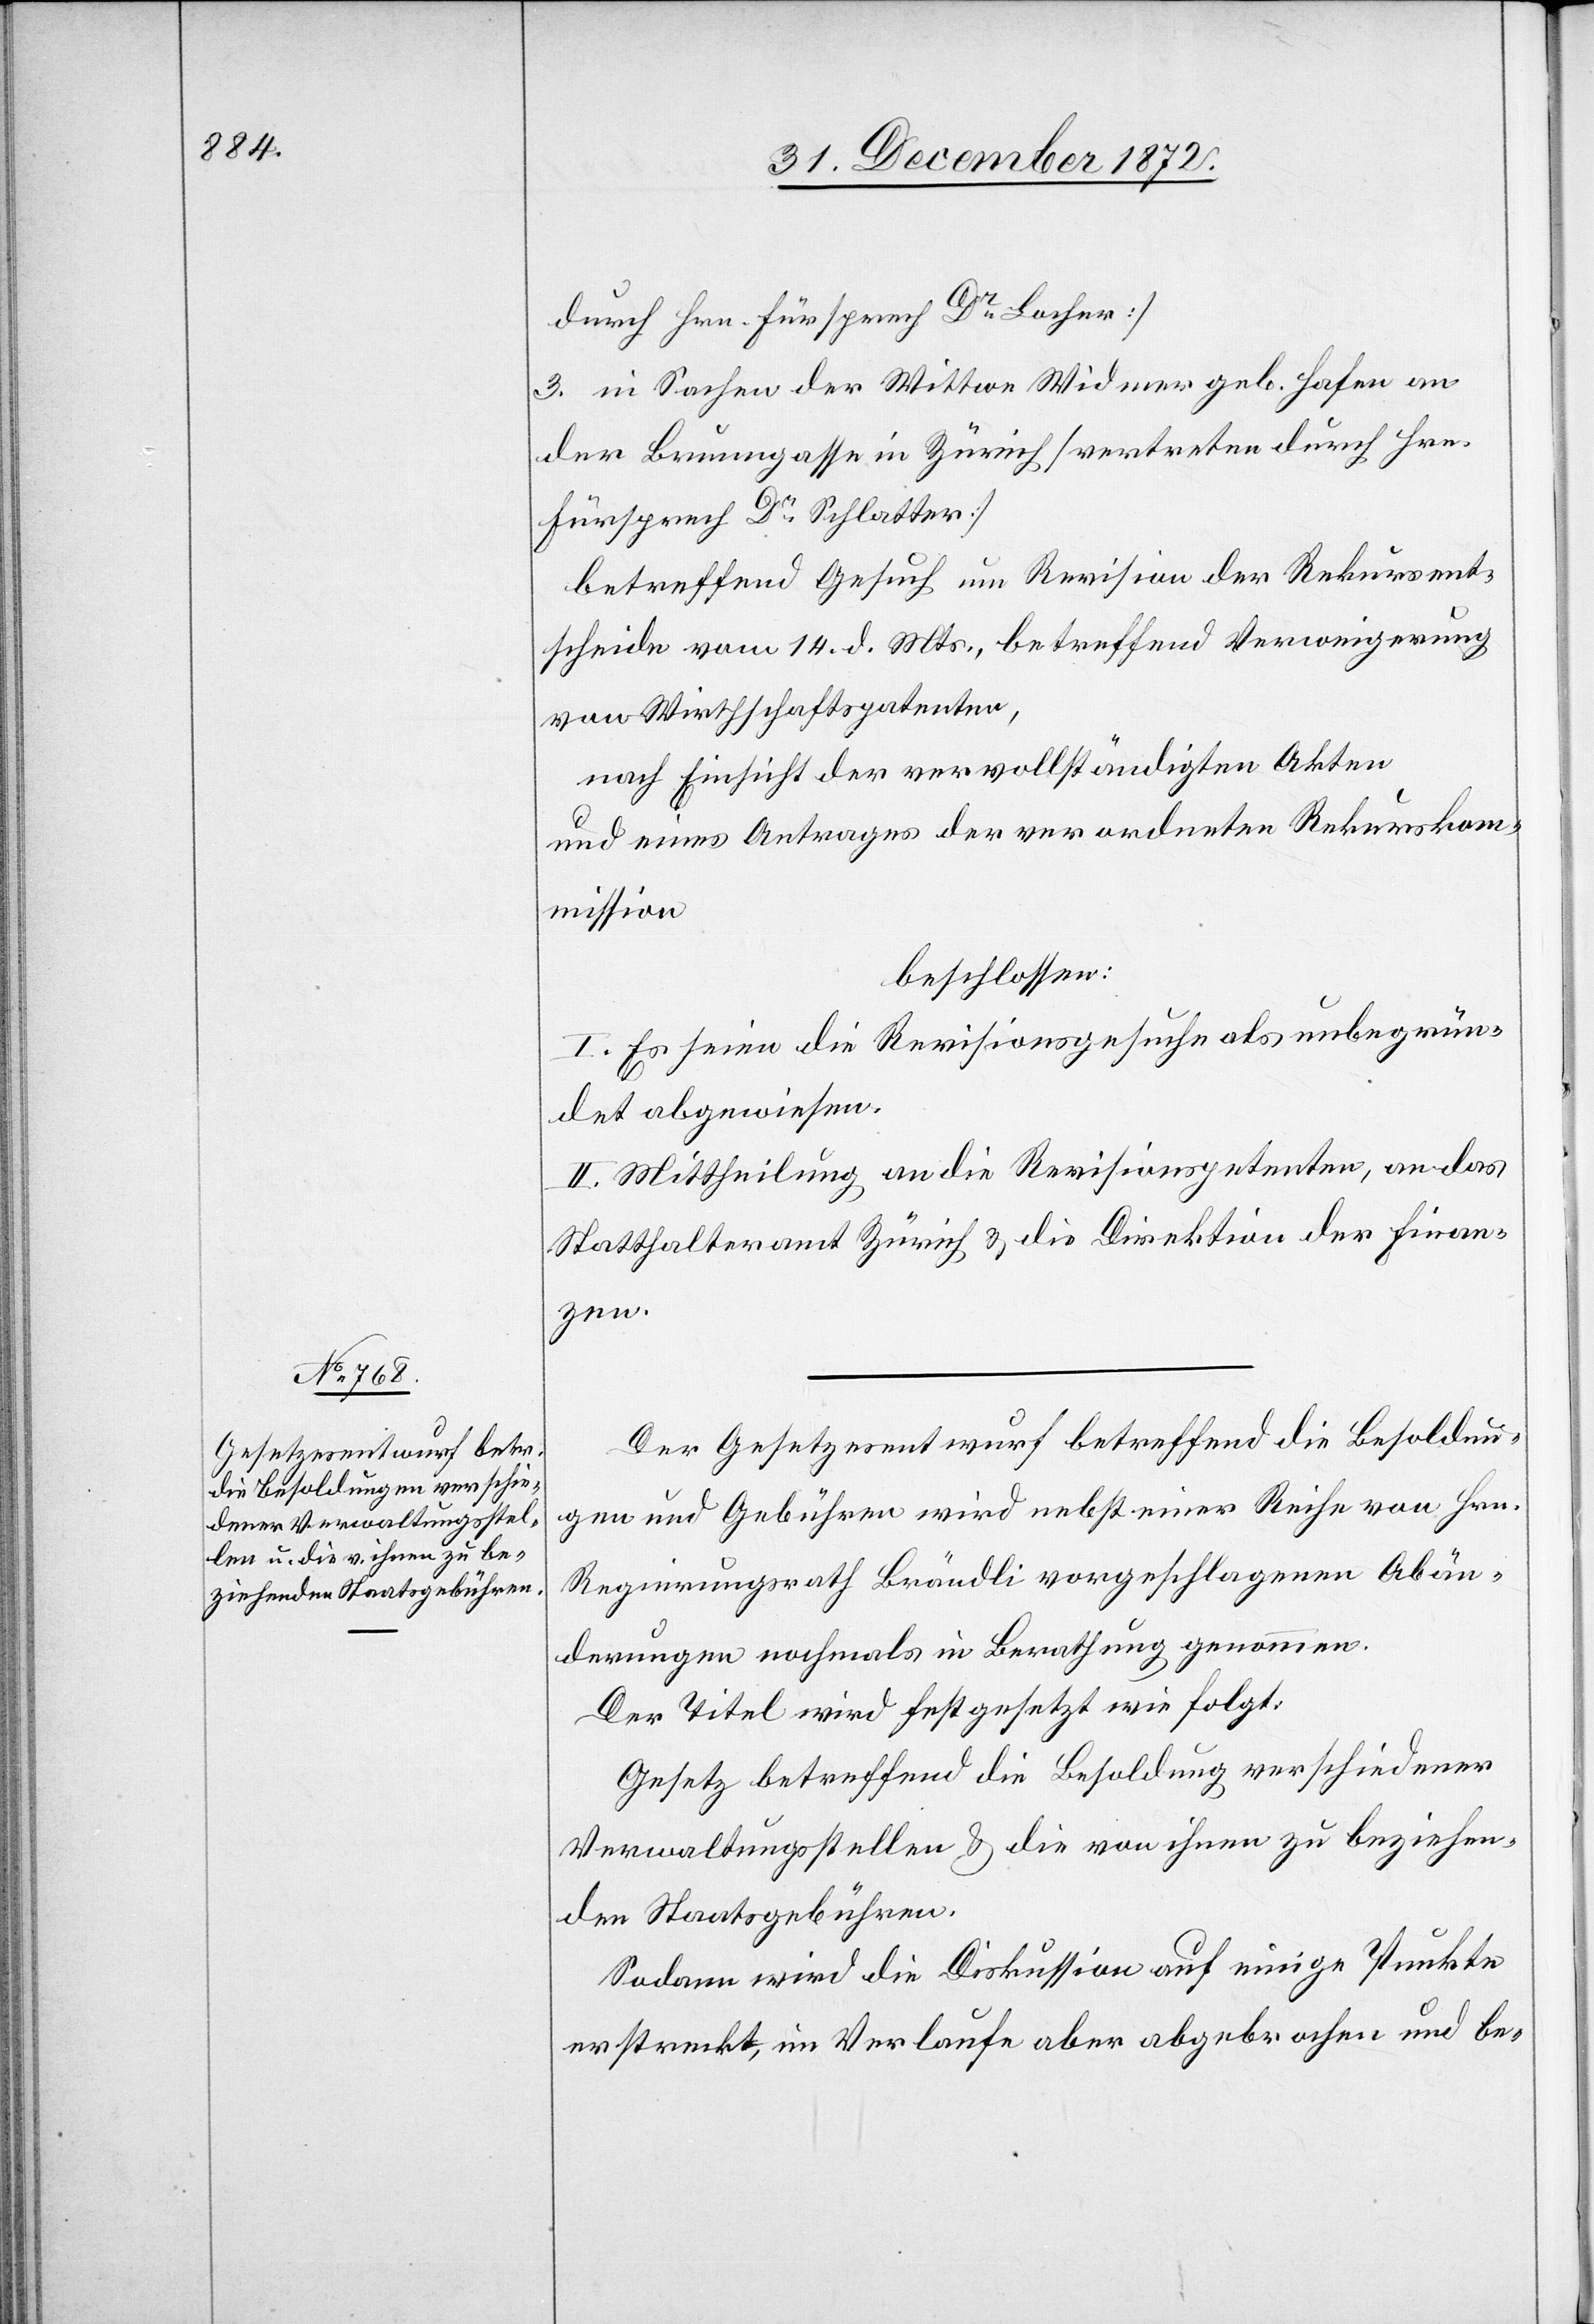
durch Hrn. Fürsprech Dr Locher]
3. in Sachen der Wittwe Widmer geb. Hafen an
der Brunngasse in Zürich [vertreten durch Hrn.
Fürsprech Dr Schlatter]
betreffend Gesuch um Revision der Rekursent¬
scheide vom 14. d. Mts., betreffend Verweigerung
von Wirthschaftspatenten,
nach Einsicht der vervollständigten Akten
und eines Antrages der verordneten Rekurskom¬
mission
beschlossen:
I. Es seien die Revisionsgesuche als unbegrün¬
det abgewiesen.
II. Mittheilung an die Revisionspetenten, an das
Statthalteramt Zürich u. die Direktion der Finan¬
zen.
Der Gesetzesentwurf betreffend die Besoldun¬
gen und Gebühren wird nebst einer Reihe von Hrn.
Regierungsrath Brändli vorgeschlagenen Abän¬
derungen nochmals in Berathung genommen.
Der Titel wird festgesetzt wie folgt:
Gesetz betreffend die Besoldung verschiedener
Verwaltungsstellen u. die von ihnen zu beziehen¬
den Staatsgebühren.
Sodann wird die Diskussion auf einige Punkte
erstreckt, im Verlaufe aber abgebrochen und be-